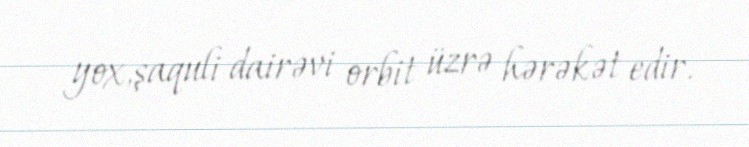
yox,şaquli dairəvi orbit üzrə hərəkət edir.